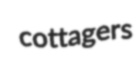
cottagers